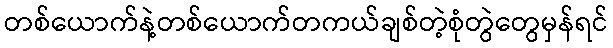
တစ်ယောက်နဲ့တစ်ယောက်တကယ်ချစ်တဲ့စုံတွဲတွေမှန်ရင်